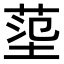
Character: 𡎊